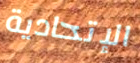
الإتحادية